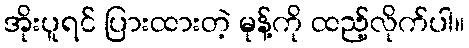
အိုးပူရင် ပြားထားတဲ့ မုန့်ကို ထည့်လိုက်ပါ။